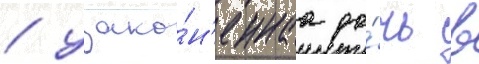
/ узако́н'еннаа до́чь в